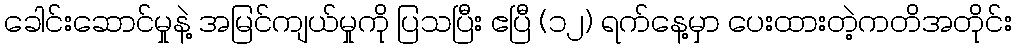
ခေါင်းဆောင်မှုနဲ့ အမြင်ကျယ်မှုကို ပြသပြီး ဧပြီ (၁၂) ရက်နေ့မှာ ပေးထားတဲ့ကတိအတိုင်း